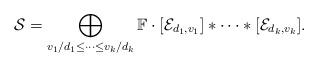
LaTeX: \begin{align*}\mathcal{S}=\bigoplus_{v_1/d_1 \leq \cdots \leq v_k/d_k}\mathbb{F} \cdot [\mathcal{E}_{d_1, v_1}] \ast \cdots \ast [\mathcal{E}_{d_k, v_k}]. \end{align*}